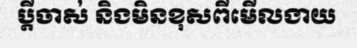
ប្តីចាស់ និងមិនខុសពីមើលងាយ